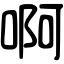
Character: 啊